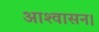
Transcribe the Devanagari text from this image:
आश्‍वासन।